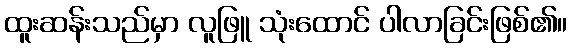
ထူးဆန်းသည်မှာ လူဖြူ သုံးထောင် ပါလာခြင်းဖြစ်၏။